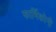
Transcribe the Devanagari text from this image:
फार्मिकोनी